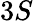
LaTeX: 3S